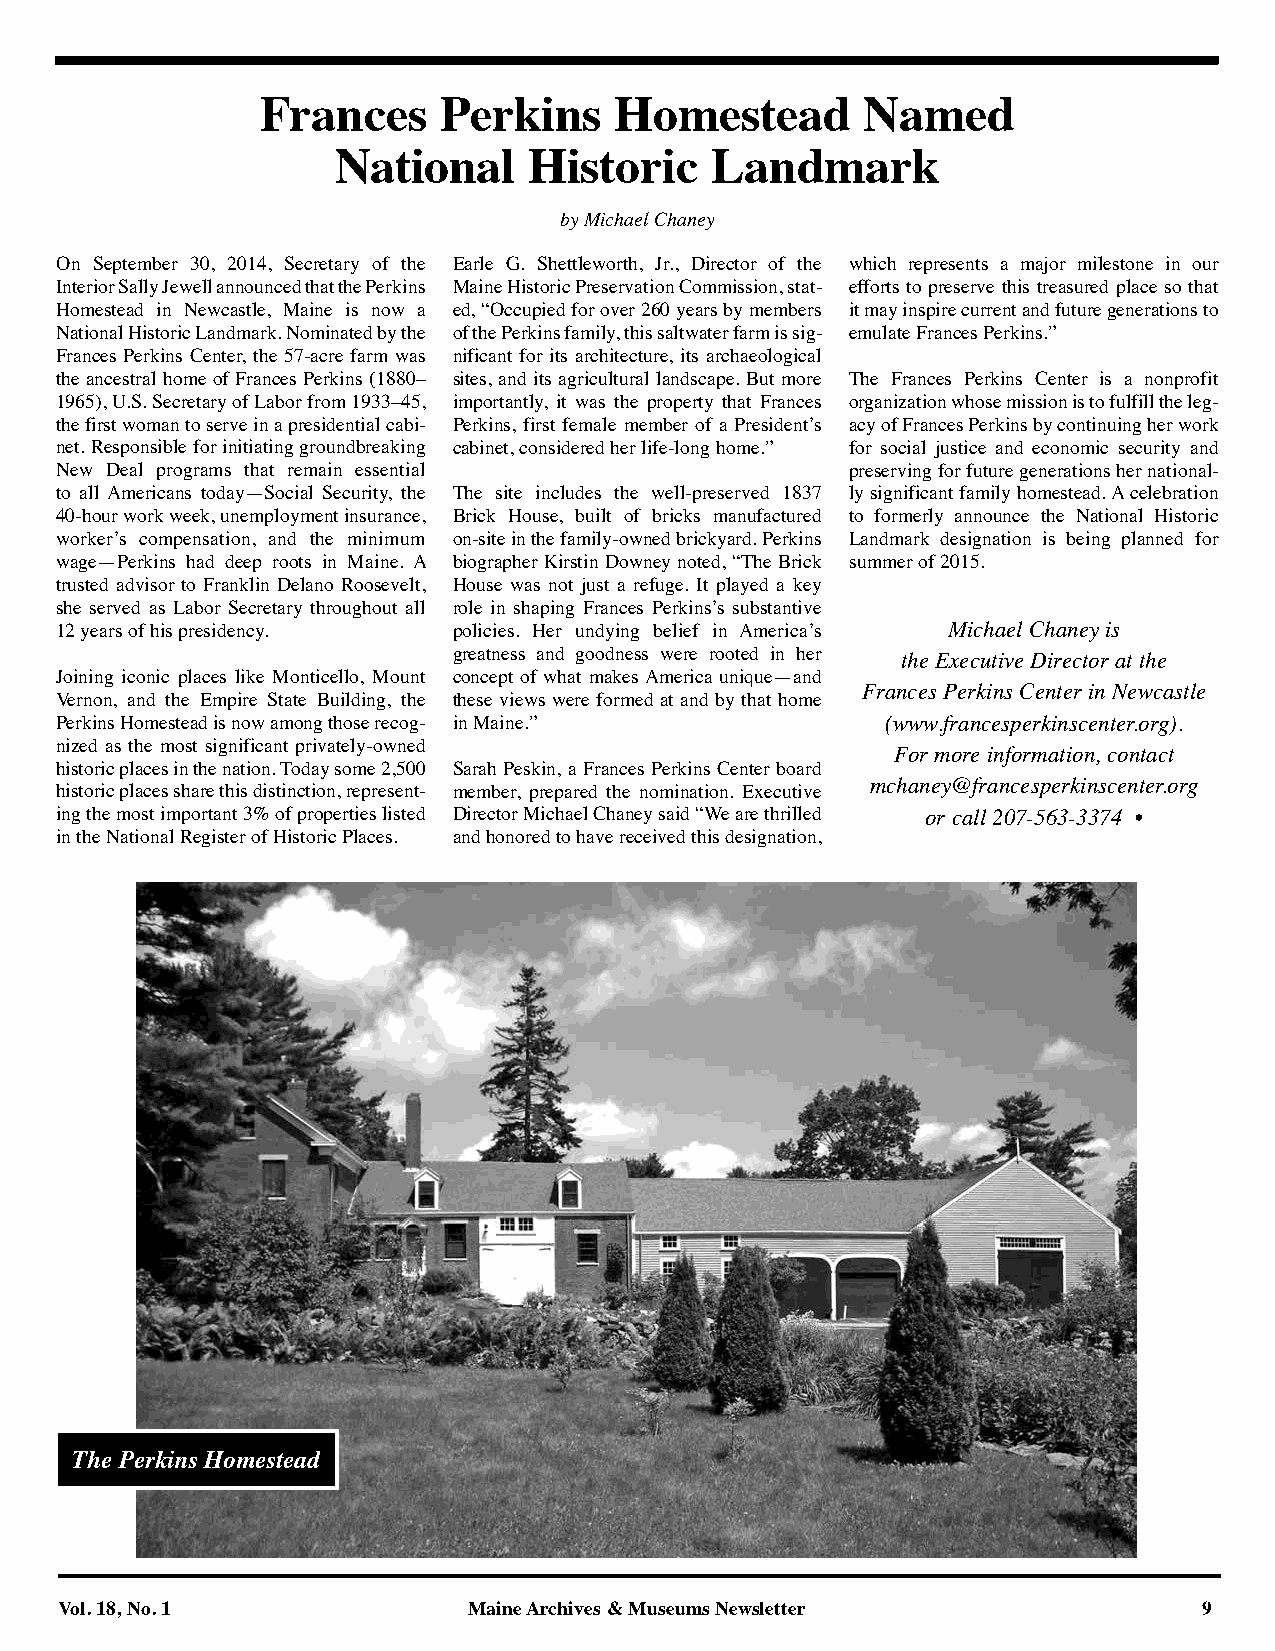
Frances     Perkins     Homestead       Named
 National     Historic    Landmark
 by Michael Chaney
 On September 30, 2014, Secretary of the Earle G. Shettleworth, Jr., Director of the which represents a major milestone in our
 Interior Sally Jewell announced that the Perkins Maine Historic Preservation Commission, stat- efforts to preserve this treasured place so that
 Homestead in Newcastle, Maine is now a ed, “Occupied for over 260 years by members it may inspire current and future generations to
 National Historic Landmark. Nominated by the of the Perkins family, this saltwater farm is sig- emulate Frances Perkins.”
 Frances Perkins Center, the 57-acre farm was nificant for its architecture, its archaeological
 the ancestral home of Frances Perkins (1880– sites, and its agricultural landscape. But more The Frances Perkins Center is a nonprofit
 1965), U.S. Secretary of Labor from 1933–45, importantly, it was the property that Frances organization whose mission is to fulfill the leg-
 the first woman to serve in a presidential cabi- Perkins, first female member of a President’s acy of Frances Perkins by continuing her work
 net. Responsible for initiating groundbreaking cabinet, considered her life-long home.” for social justice and economic security and
 New Deal programs that remain essential             preserving for future generations her national-
 to all Americans today—Social Security, the The site includes the well-preserved 1837 ly significant family homestead. A celebration
 40-hour work week, unemployment insurance, Brick House, built of bricks manufactured to formerly announce the National Historic
 worker’s compensation, and the minimum on-site in the family-owned brickyard. Perkins Landmark designation is being planned for
 wage—Perkins had deep roots in Maine. A biographer Kirstin Downey noted, “The Brick summer of 2015.
 trusted advisor to Franklin Delano Roosevelt, House was not just a refuge. It played a key
 she served as Labor Secretary throughout all role in shaping Frances Perkins’s substantive
 12 years of his presidency. policies. Her undying belief in America’s Michael Chaney is
 greatness and goodness were rooted in her the Executive Director at the
 Joining iconic places like Monticello, Mount concept of what makes America unique—and
 Frances Perkins Center in Newcastle
 Vernon, and the Empire State Building, the these views were formed at and by that home
 Perkins Homestead is now among those recog- in Maine.” (www.francesperkinscenter.org).
 nized as the most significant privately-owned
 For more information, contact
 historic places in the nation. Today some 2,500 Sarah Peskin, a Frances Perkins Center board
 mchaney@francesperkinscenter.org
 historic places share this distinction, represent- member, prepared the nomination. Executive
 ing the most important 3% of properties listed Director Michael Chaney said “We are thrilled or call 207-563-3374 •
 in the National Register of Historic Places. and honored to have received this designation,
 The Perkins Homestead
 Vol. 18, No. 1             Maine Archives & Museums Newsletter              9